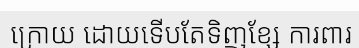
ក្រោយ ដោយទើបតែទិញខ្សែ ការពារ